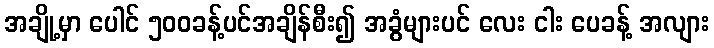
အချို့မှာ ပေါင် ၅၀၀ခန့်ပင်အချိန်စီး၍ အခွံများပင် လေး ငါး ပေခန့် အလျား